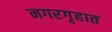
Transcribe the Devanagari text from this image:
नगरगृहात